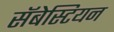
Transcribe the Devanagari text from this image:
सॅबेस्टियन